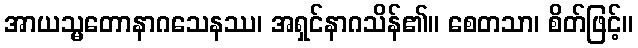
အာယသ္မတောနာဂသေနဿ၊ အရှင်နာဂသိန်၏။ စေတသာ၊ စိတ်ဖြင့်။